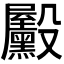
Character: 𪵓